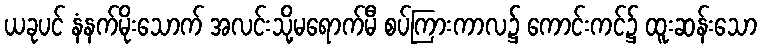
ယခုပင် နံနက်မိုးသောက် အလင်းသို့မရောက်မီ စပ်ကြားကာလ၌ ကောင်းကင်၌ ထူးဆန်းသော